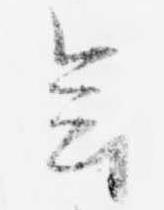
会